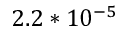
2 . 2 * 1 0 ^ { - 5 }